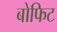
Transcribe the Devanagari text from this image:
बोफिट